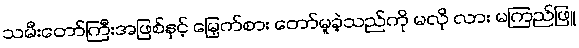
သမီးတော်ကြီးအဖြစ်နှင့် မြှေက်စား တော်မူခဲ့သည်ကို မလို လား မကြည်ဖြူ